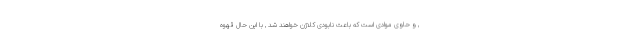
, و حاوی موادی است که باعث نابودی کلاژن خواهند شد , با این حال قهوه